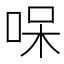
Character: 𠳳